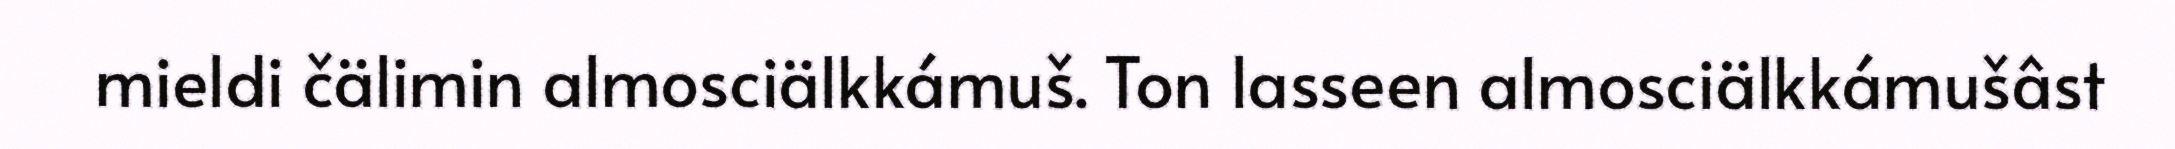
mieldi čälimin almosciälkkámuš. Ton lasseen almosciälkkámušâst